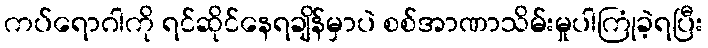
ကပ်ရောဂါကို ရင်ဆိုင်နေရချိန်မှာပဲ စစ်အာဏာသိမ်းမှုပါကြုံခဲ့ရပြီး